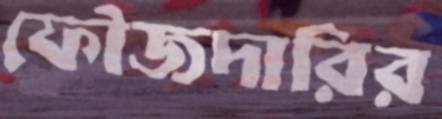
ফৌজদারির